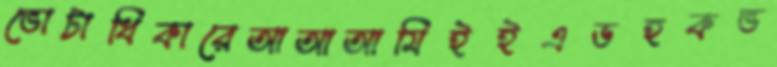
ভোটাধিকারেআআআমিইইএডহকভ